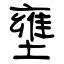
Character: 壅